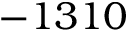
- 1 3 1 0